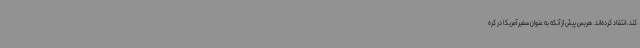
کند، انتقاد کرده‌اند. هریس پیش از آنکه به عنوان سفیر آمریکا در کره